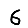
Digit: 6